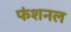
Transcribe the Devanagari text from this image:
फंशनल